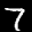
Label: 7